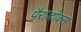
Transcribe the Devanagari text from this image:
पैराडोक्स